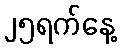
၂၅ရက်နေ့